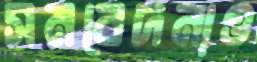
সমবেদনাও